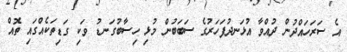
އެ ސަރަހައްދުން ދުއްވާ އުޅަނދުފަހަރުގެ ސަބަބުން މުޅި ހިސާބުގަނޑު ވަކި ގަޑިތަކެއްގައި ތޮއް